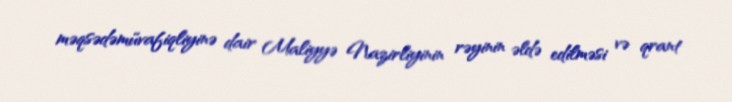
məqsədəmüvafiqliyinə dair Maliyyə Nazirliyinin rəyinin əldə edilməsi və qrant